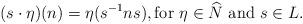
LaTeX: \begin{align*}(s \cdot \eta)(n) = \eta(s^{-1} n s), \textrm{for $\eta \in \widehat{N}$ and $s \in L$}.\end{align*}